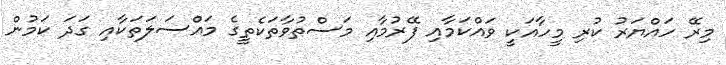
މިރޭ ހައްޔަރު ކުރި މީހާއަކީ ވައްކަމާއި ފޭރުމާއި މަސްތުވާތަކެތީގެ މައްސަލަތަކާއި ގަދަ ކަމުން